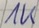
Text: 1K